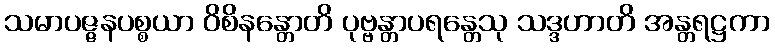
သမာပဇ္ဇနပစ္စယာ ဝိစိနန္တောတိ ပုဗ္ဗန္တာပရန္တေသု သဒ္ဒဟာတိ အန္တရဋ္ဌကာ